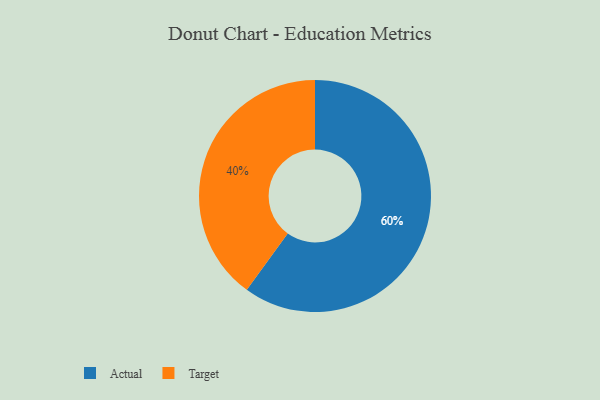
{"axis": {"x": "Category", "y": "Percentage"}, "legend": ["Actual", "Target"], "data": [{"x": "Target", "y": 40, "type": "Target"}, {"x": "Actual", "y": 60, "type": "Actual"}]}